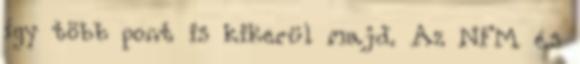
így több pont is kikerül majd. Az NFM és